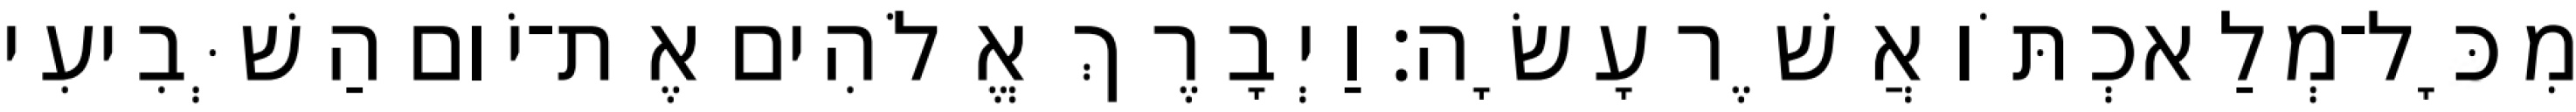
מִכָּל־מְלַאכְתֹּו אֲשֶׁר עָשָׂה׃ וַיְבָרֶךְ אֱלֹהִים אֶת־יֹום הַשְּׁבִיעִי